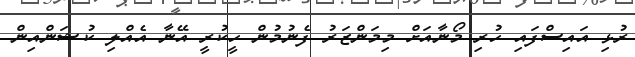
ރުޅި އައިސްފައި ހުރި މޯނާއަށް މިމަންޒަރު ފެނުމުން ހީކުރީ އޭނާ އެއްލި ކުޝަންއިން